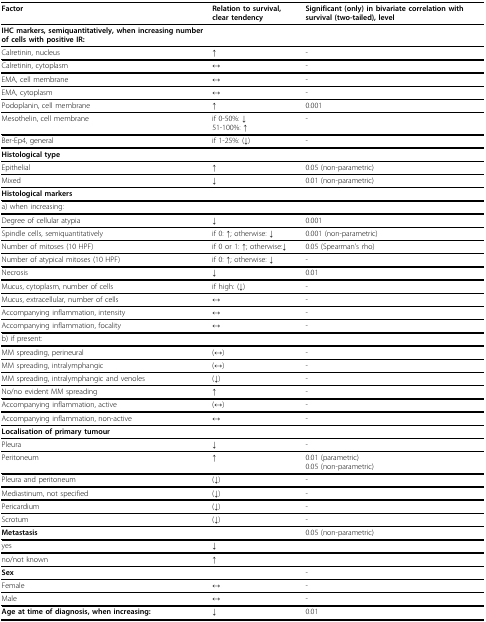
| Factor | Relation to survival, clear tendency | Significant (only) in bivariate correlation with survival (two-tailed), level |
 | --- | --- | --- |
 | IHC markers, semiquantitatively, when increasing number of cells with positive IR: |  |  |
 | Calretinin, nucleus | ↑ | - |
 | Calretinin, cytoplasm | ↔ | - |
 | EMA, cell membrane | ↔ | - |
 | EMA, cytoplasm | ↔ | - |
 | Podoplanin, cell membrane | ↑ | 0.001 |
 | Mesothelin, cell membrane | if 0-50%: ↓51-100%: ↑ | - |
 | Ber-Ep4, general | if 1-25%: (↓) | - |
 | Histological type |  |  |
 | Epithelial | ↑ | 0.05 (non-parametric) |
 | Mixed | ↓ | 0.01 (non-parametric) |
 | Histological markers |  |  |
 | a) when increasing: |  |  |
 | Degree of cellular atypia | ↓ | 0.001 |
 | Spindle cells, semiquantitatively | if 0: ↑; otherwise: ↓ | 0.001 (non-parametric) |
 | Number of mitoses (10 HPF) | if 0 or 1: ↑; otherwise:↓ | 0.05 (Spearman's rho) |
 | Number of atypical mitoses (10 HPF) | if 0: ↑; otherwise: ↓ | - |
 | Necrosis | ↓ | 0.01 |
 | Mucus, cytoplasm, number of cells | if high: (↓) | - |
 | Mucus, extracellular, number of cells | ↔ | - |
 | Accompanying inflammation, intensity | ↔ | - |
 | Accompanying inflammation, focality | ↔ | - |
 | b) if present: |  |  |
 | MM spreading, perineural | (↔) | - |
 | MM spreading, intralymphangic | (↔) | - |
 | MM spreading, intralymphangic and venoles | (↓) | - |
 | No/no evident MM spreading | ↑ | - |
 | Accompanying inflammation, active | (↔) | - |
 | Accompanying inflammation, non-active | ↔ | - |
 | Localisation of primary tumour |  |  |
 | Pleura | ↓ | - |
 | Peritoneum | ↑ | 0.01 (parametric)0.05 (non-parametric) |
 | Pleura and peritoneum | (↓) | - |
 | Mediastinum, not specified | (↓) | - |
 | Pericardium | (↓) | - |
 | Scrotum | (↓) | - |
 | Metastasis |  | 0.05 (non-parametric) |
 | yes | ↓ |  |
 | no/not known | ↑ |  |
 | Sex |  | - |
 | Female | ↔ | - |
 | Male | ↔ | - |
 | Age at time of diagnosis, when increasing: | ↓ | 0.01 |